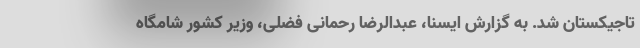
تاجیکستان شد. به گزارش ایسنا، عبدالرضا رحمانی فضلی، وزیر کشور شامگاه